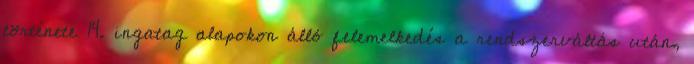
története 14. ingatag alapokon álló felemelkedés a rendszerváltás után,